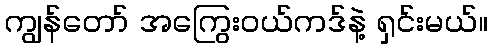
ကျွန်တော် အကြွေးဝယ်ကဒ်နဲ့ ရှင်းမယ်။